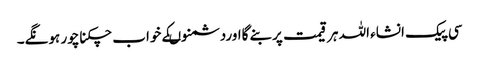
سی پیک انشاء اللہ ہرقیمت پربنے گااوردشمنوںکے خواب چکناچور ہونگے۔